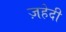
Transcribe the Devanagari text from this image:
ज़हेदी